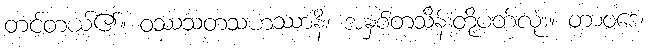
တင့်တယ်၏။ ဝဿသတသဟဿာနိ၊ အနှစ်တသိန်းတို့ပတ်လုံး။ တာဝဒေ၊